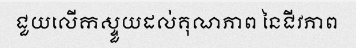
ជួយលើកស្ទួយដល់គុណភាព នៃជីវភាព